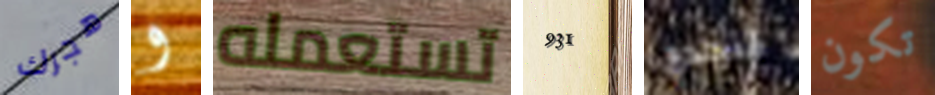
هجرك و تستعمله 931 لتحدي تكون